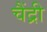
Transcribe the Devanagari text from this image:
चैंद्री